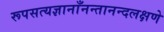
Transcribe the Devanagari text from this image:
रूपसत्यज्ञानाँनन्तानन्दलक्षणे